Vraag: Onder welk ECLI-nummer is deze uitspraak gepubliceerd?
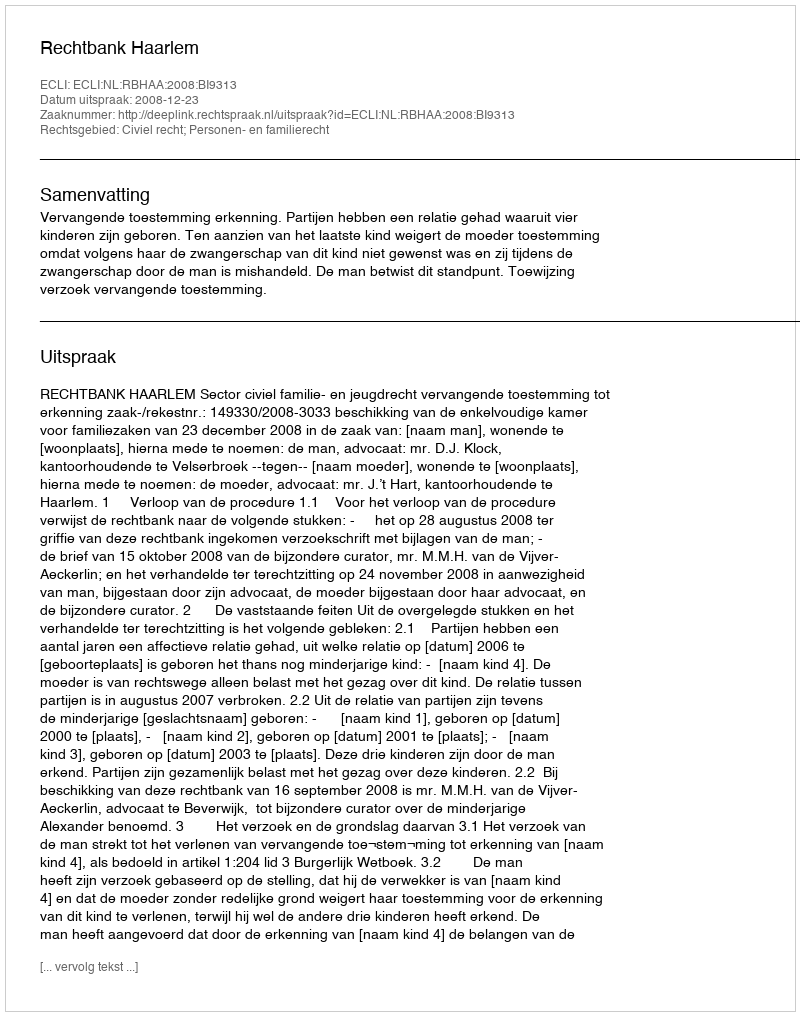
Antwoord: ECLI:NL:RBHAA:2008:BI9313